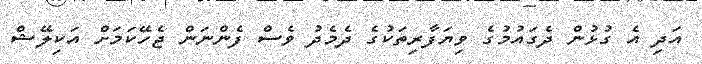
އަދި އެ ގުޅުން ދެގައުމުގެ ވިޔަފާރިތަކުގެ ދެމެދު ވެސް ފެންނަން ޖެހޭކަމަށް އަކިލޭޝް